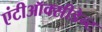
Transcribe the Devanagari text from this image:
एंटीऑक्सीडेन्ट